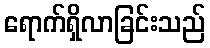
ရောက်ရှိလာခြင်းသည်